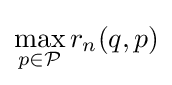
\max _{p\in {\mathcal {P}}}r_{n}(q,p)